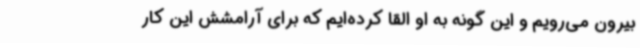
بیرون می‌رویم و این گونه به او القا کرده‌ایم که برای آرامشش این کار